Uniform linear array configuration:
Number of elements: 8
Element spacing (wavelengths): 0.5
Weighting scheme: hann
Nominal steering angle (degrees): -45
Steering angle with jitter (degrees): -43.959
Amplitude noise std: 0.05
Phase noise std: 0.05

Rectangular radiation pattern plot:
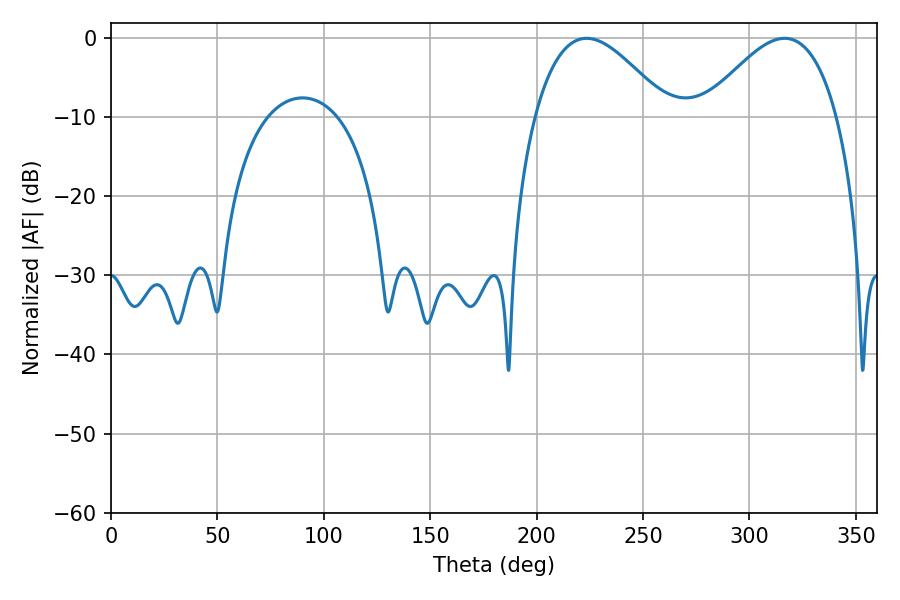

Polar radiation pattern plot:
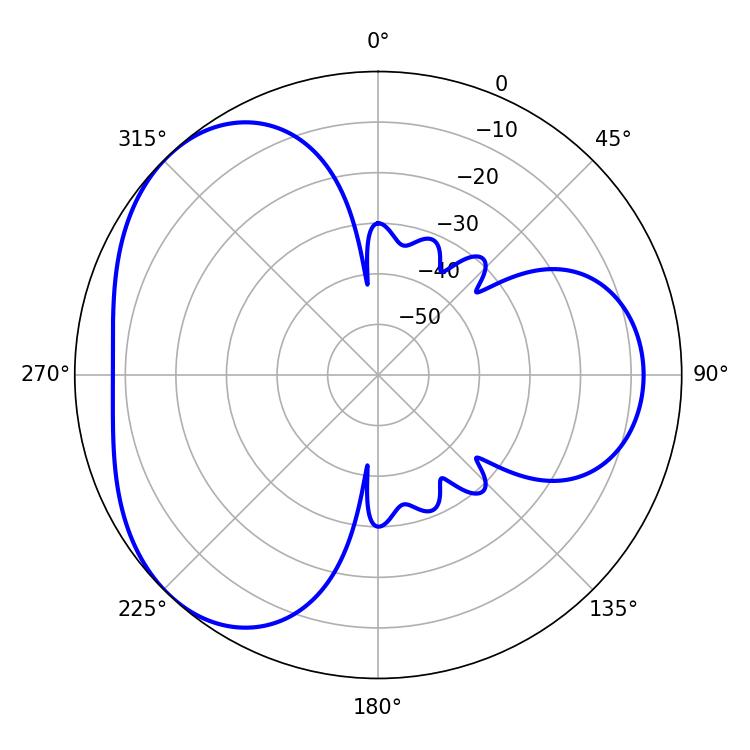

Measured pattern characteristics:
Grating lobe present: FALSE
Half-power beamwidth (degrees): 34.02
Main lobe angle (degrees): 223.56